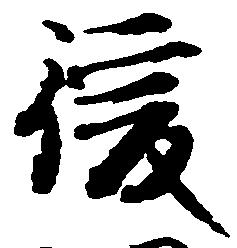
後